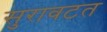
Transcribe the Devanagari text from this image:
सुरावटत